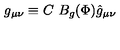
g _ { \mu \nu } \equiv C \ B _ { g } ( \Phi ) \hat { g } _ { \mu \nu }